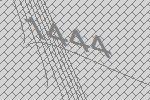
1444